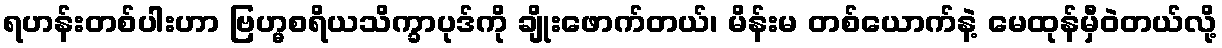
ရဟန်းတစ်ပါးဟာ ဗြဟ္မစရိယသိက္ခာပုဒ်ကို ချိုးဖောက်တယ်၊ မိန်းမ တစ်ယောက်နဲ့ မေထုန်မှီဝဲတယ်လို့